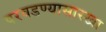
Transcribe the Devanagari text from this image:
परवडण्यासारखा